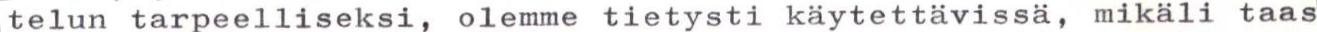
telun tarpeelliseksi, olemme tietysti käytettävissä, mikäli taas